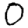
Digit: 0